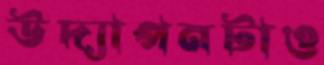
উদ্যাপনটাও